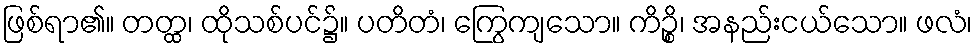
ဖြစ်ရာ၏။ တတ္ထ၊ ထိုသစ်ပင်၌။ ပတိတံ၊ ကြွေကျသော။ ကိဉ္စိ၊ အနည်းငယ်သော။ ဖလံ၊